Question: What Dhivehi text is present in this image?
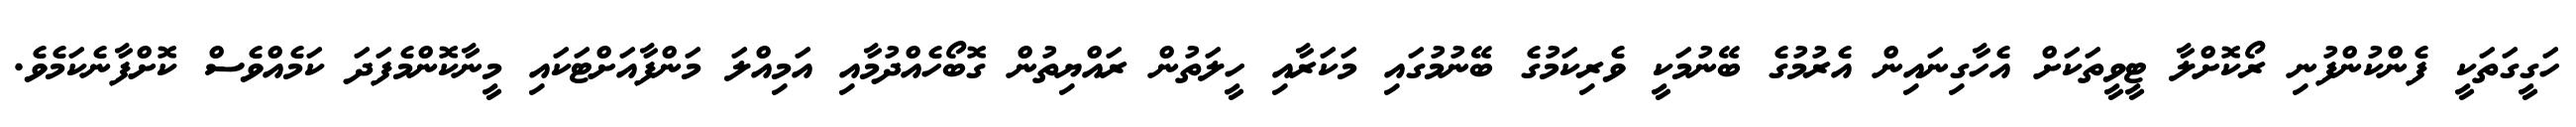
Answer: ހަގީގަތަކީ ފެންކުންފުނި ރޯކޮށްލާ ޓީވީތަކަށް އެހާގިނައިން އެރުމުގެ ބޭނުމަކީ ވެރިކަމުގެ ބޭނުމުގައި މަކަރާއި ހީލަތުން ރައްޔިތުން ގޮބޯހެއްދުމާއި އަމިއްލަ މަންފާއަށްޓަކައި މީނާކޮންމެފަދަ ކަމެއްވެސް ކޮށްފާނެކަމެވެ.